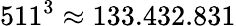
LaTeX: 511^{3}\approx 133.432.831